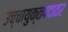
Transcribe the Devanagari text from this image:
उच्चायुक्तपदावर